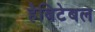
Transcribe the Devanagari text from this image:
हैबिटेबल